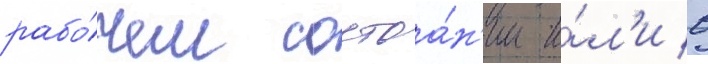
рабо́чем состоа́н'ии и́л'и в